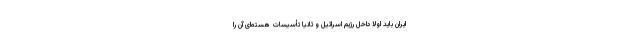
ایران باید اولاً داخل رژیم اسرائیل و ثانیاً تأسیسات هسته‌ای آن را